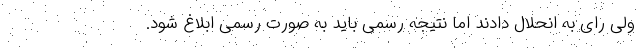
ولی رای به انحلال دادند اما نتیجه رسمی باید به صورت رسمی ابلاغ شود.